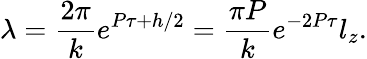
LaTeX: \lambda=\frac{2\pi}{k}e^{P\tau+h/2}=\frac{\pi P}{k}e^{-2P\tau}l_{z}.